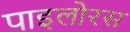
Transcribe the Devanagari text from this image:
पाइलोरस